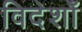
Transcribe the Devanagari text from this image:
विदेशोँ